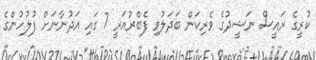
ކުރީގެ ރައީސް ނަޝީދުގެ ވެރިކަން ބަދަލުވި ފެބްރުއަރީ 7 ގައި އަދުނާނަށް ފުލުހުންގެ